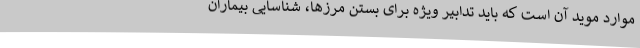
موارد موید آن است که باید تدابیر ویژه برای بستن مرزها، شناسایی بیماران